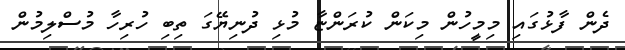
ދެން ފާޅުގައި މިމީހުން މިކަން ކުރަންޏާ މުޅި ދުނިޔޭގަ ތިބި ހުރިހާ މުސްލިމުން